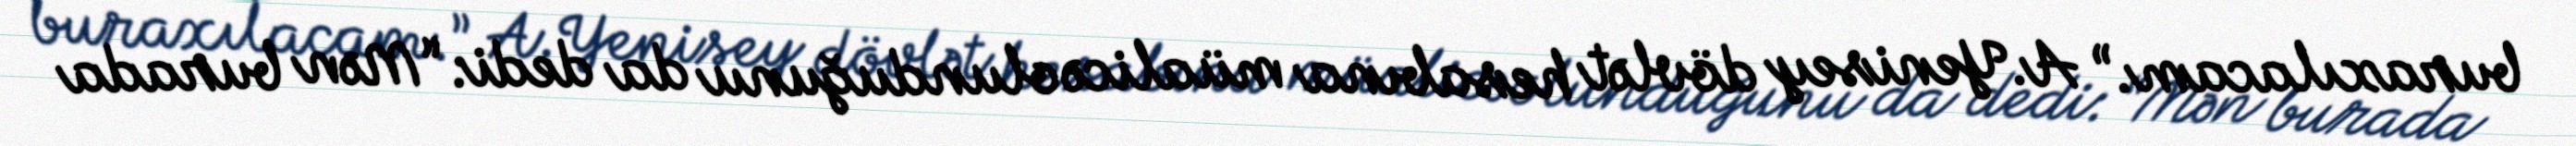
buraxılacam.” A.Yenisey dövlət hesabına müalicə olunduğunu da dedi: “Mən burada